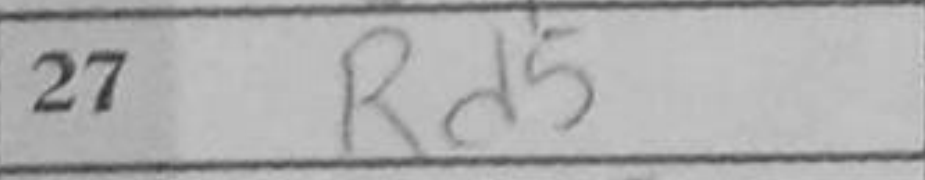
Transcription: Rd5